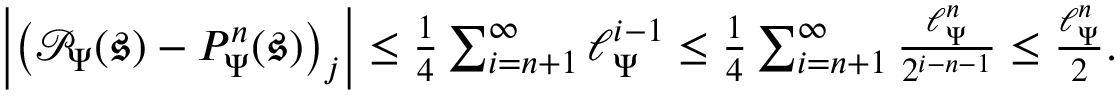
\begin{array} { r } { \left| \left( \mathcal { P } _ { \Psi } ( \boldsymbol { \mathfrak { s } } ) - P _ { \Psi } ^ { n } ( \mathfrak { s } ) \right) _ { j } \right| \leq \frac { 1 } { 4 } \sum _ { i = n + 1 } ^ { \infty } \ell _ { \Psi } ^ { i - 1 } \leq \frac { 1 } { 4 } \sum _ { i = n + 1 } ^ { \infty } \frac { \ell _ { \Psi } ^ { n } } { 2 ^ { i - n - 1 } } \leq \frac { \ell _ { \Psi } ^ { n } } { 2 } . } \end{array}